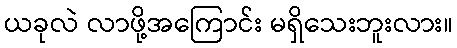
ယခုလဲ လာဖို့အကြောင်း မရှိသေးဘူးလား။